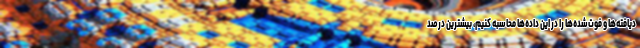
دیافته‌ها و فوت‌شده‌ها را در این داده‌ها محاسبه کنیم، بیشترین درصد